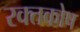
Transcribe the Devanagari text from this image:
रक्तकोष